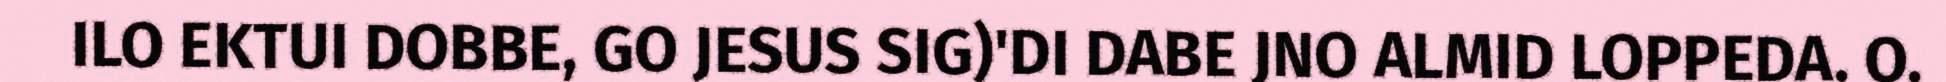
ILO EKTUI DOBBE, GO JESUS SIG)'DI DABE JNO ALMID LOPPEDA. O.